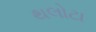
થલોટા